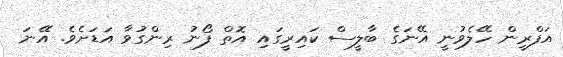
އަފްރީން ހޭލެވުނީ އޭނަގެ ބާލީސް ކައިރީގައި އޮތް ފޯނު ރިންގުވާ އަޑަށެވެ. އޭނަ